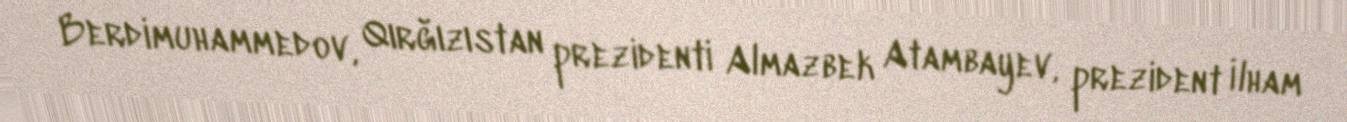
Berdimuhammedov, Qırğızıstan prezidenti Almazbek Atambayev, prezident İlham